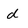
Character: d